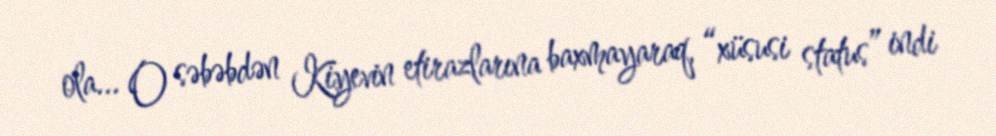
ola... O səbəbdən Kiyevin etirazlarına baxmayaraq, “xüsusi status” indi